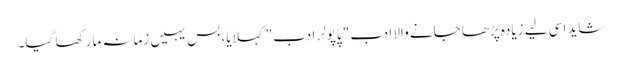
شاید اسی لیے زیادہ پڑھا جانے والا ادب "پاپولر ادب" کہلایا، بس یہیں زمانہ مار کھا گیا۔